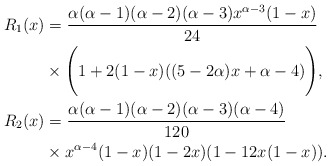
\begin{align*}R_1(x) & = \frac{\alpha(\alpha-1)(\alpha-2)(\alpha-3) x^{\alpha-3} (1-x)}{24} \\& \times \Bigg( 1+2(1-x)((5-2\alpha)x + \alpha-4) \Bigg ), \\R_2(x) & = \frac{\alpha(\alpha-1)(\alpha-2)(\alpha-3)(\alpha-4) }{120} \\& \times x^{\alpha-4} (1-x)(1-2x)(1-12x(1-x)). \end{align*}